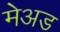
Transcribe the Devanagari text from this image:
मेअड